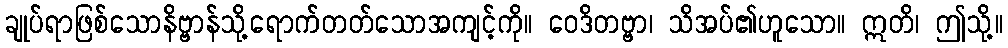
ချုပ်ရာဖြစ်သောနိဗ္ဗာန်သို့ရောက်တတ်သောအကျင့်ကို။ ဝေဒိတဗ္ဗာ၊ သိအပ်၏ဟူသော။ ဣတိ၊ ဤသို့။